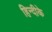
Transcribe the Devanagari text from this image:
हिन्दीके